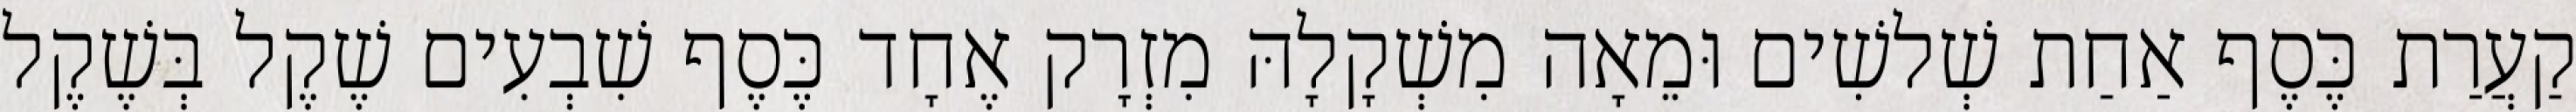
קַעֲרַת כֶּסֶף אַחַת שְׁלשִׁים וּמֵאָה מִשְׁקָלָהּ מִזְרָק אֶחָד כֶּסֶף שִׁבְעִים שֶׁקֶל בְּשֶׁקֶל